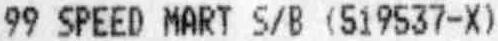
99 SPEED MART S/B (519537-X)